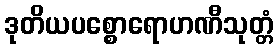
ဒုတိယပစ္စောရောဟဏီသုတ္တံ